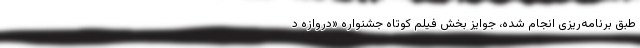
طبق برنامه‌ریزی انجام شده، جوایز بخش فیلم کوتاه جشنواره «دروازه د